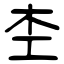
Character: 杢